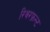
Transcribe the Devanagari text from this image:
रिवरफ्रन्ट